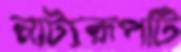
নাট্যরূপটি